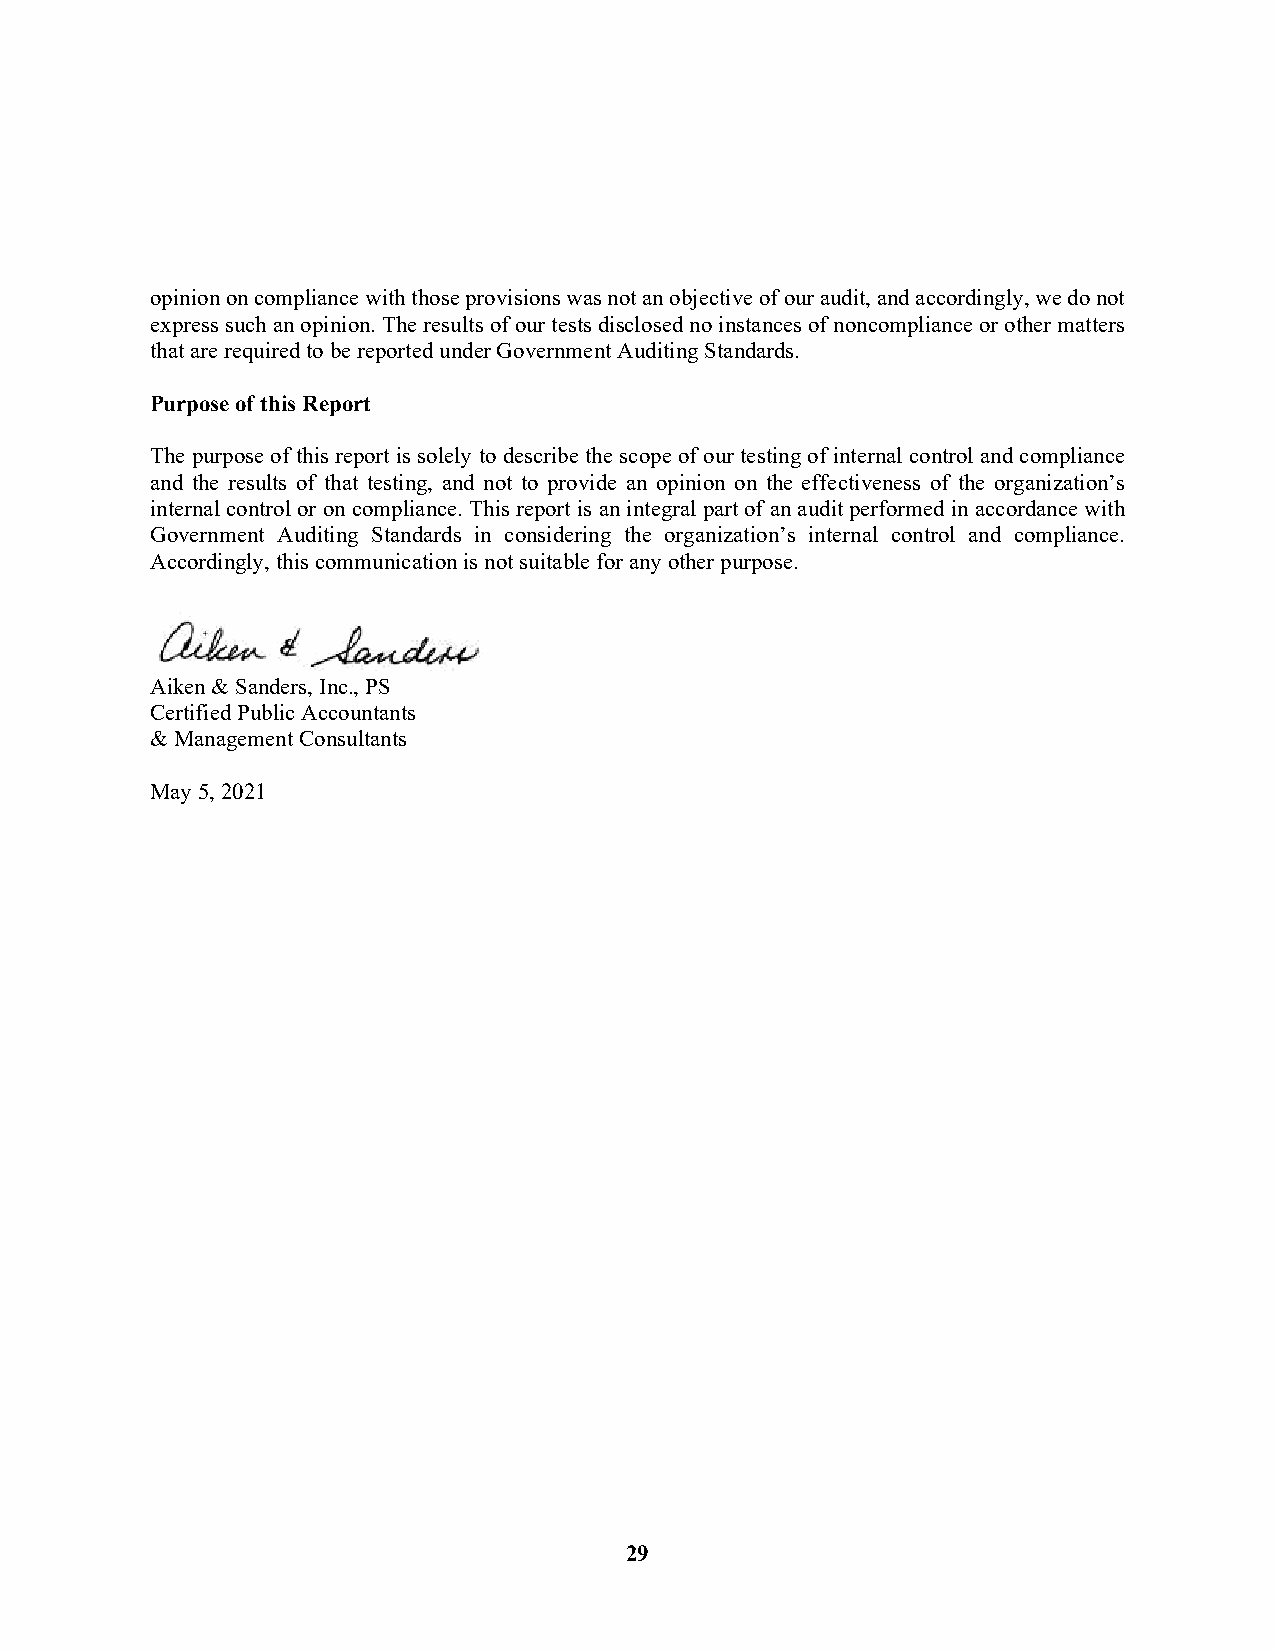
opinion on compliance with those provisions was not an objective of our audit, and accordingly, we do not
 express such an opinion. The results of our tests disclosed no instances of noncompliance or other matters
 that are required to be reported under Government Auditing Standards.
 Purpose of this Report
 The purpose of this report is solely to describe the scope of our testing of internal control and compliance
 and the results of that testing, and not to provide an opinion on the effectiveness of the organization’s
 internal control or on compliance. This report is an integral part of an audit performed in accordance with
 Government Auditing Standards in considering the organization’s internal control and compliance.
 Accordingly, this communication is not suitable for any other purpose.
 Aiken & Sanders, Inc., PS
 Certified Public Accountants
 & Management Consultants
 May 5, 2021
 29